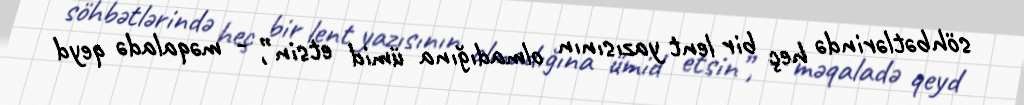
söhbətlərində heç bir lent yazısının olmadığına ümid etsin”, - məqaladə qeyd